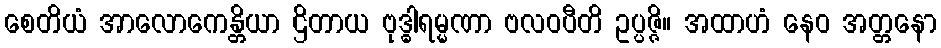
စေတိယံ အာလောကေန္တိယာ ဌိတာယ ဗုဒ္ဓါရမ္မဏာ ဗလဝပီတိ ဥပ္ပဇ္ဇိ။ အထာဟံ နေဝ အတ္တနော